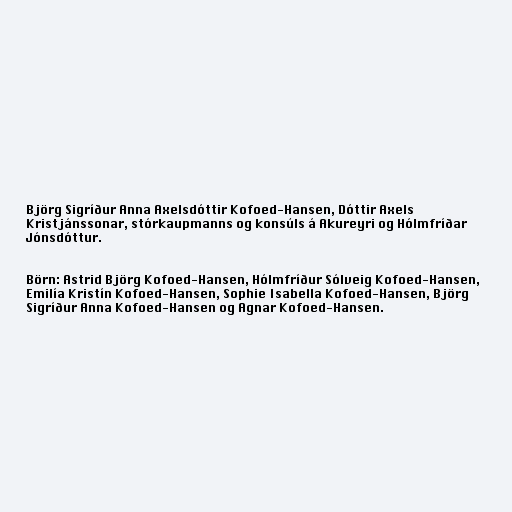
Björg Sigríður Anna Axelsdóttir Kofoed-Hansen, Dóttir Axels
Kristjánssonar, stórkaupmanns og konsúls á Akureyri og Hólmfríðar
Jónsdóttur.

Börn: Astrid Björg Kofoed-Hansen, Hólmfríður Sólveig Kofoed-Hansen,
Emilía Kristín Kofoed-Hansen, Sophie Isabella Kofoed-Hansen, Björg
Sigríður Anna Kofoed-Hansen og Agnar Kofoed-Hansen.